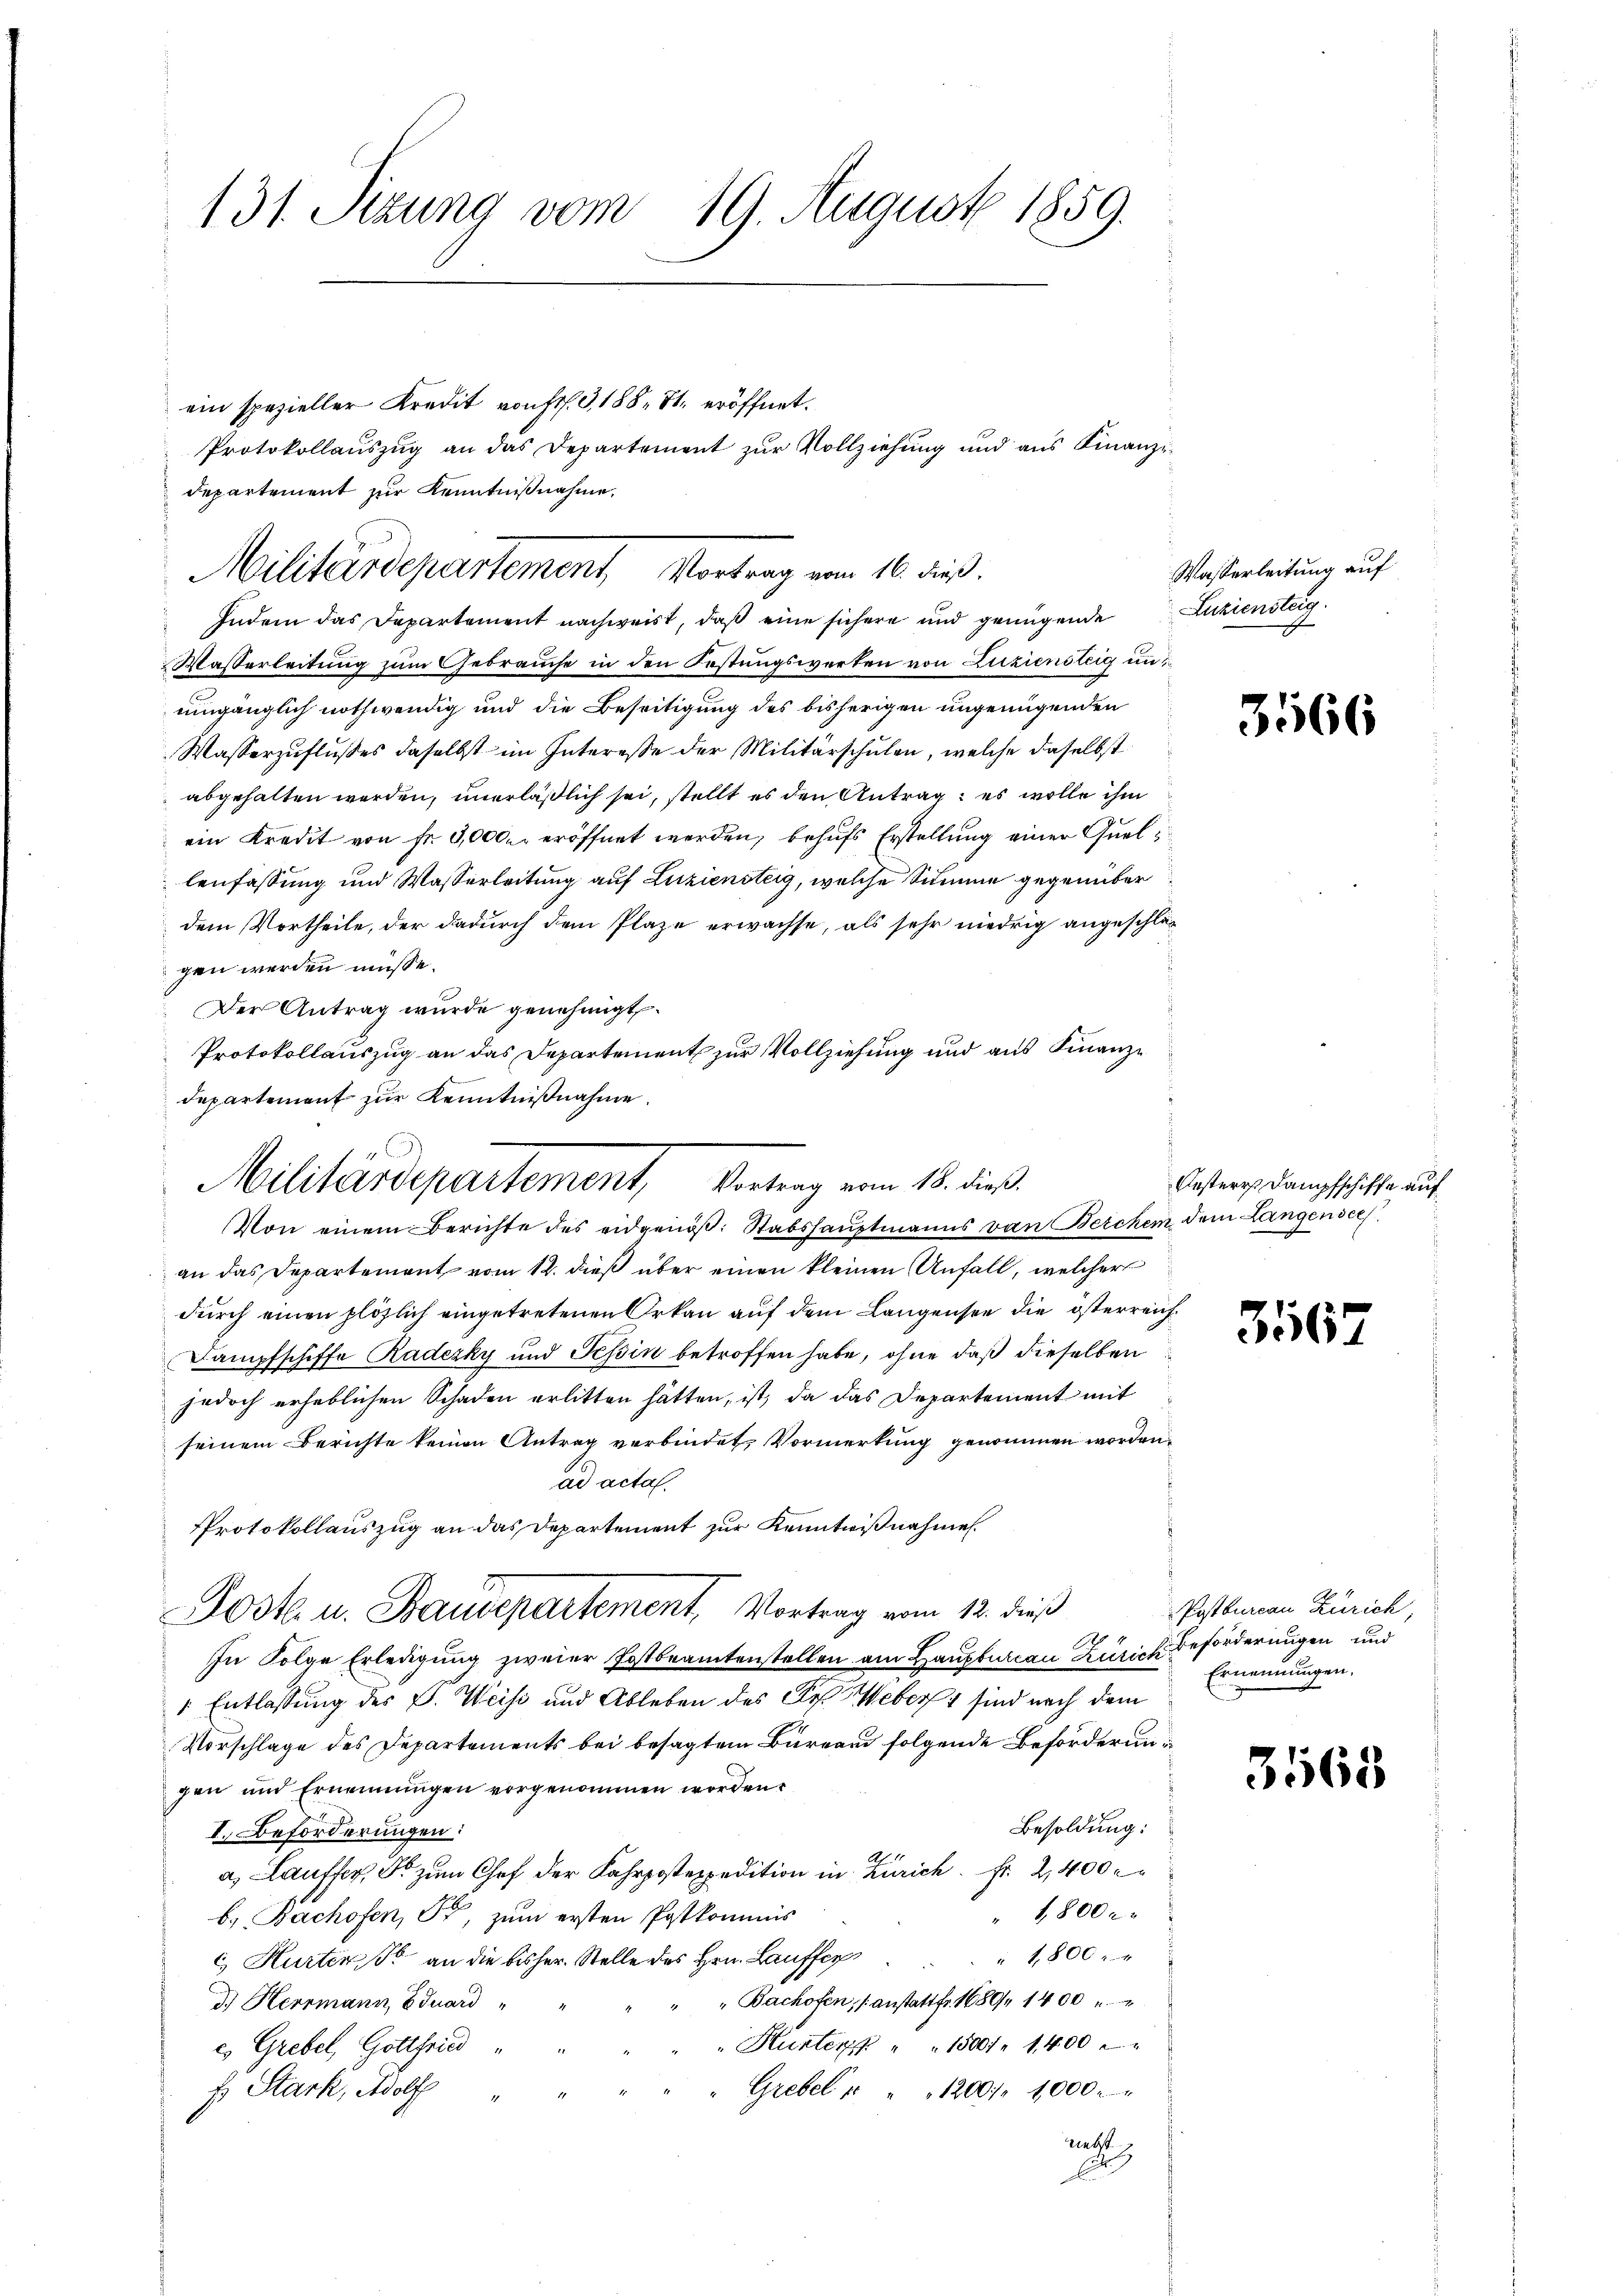
131. Sizung vom 19. August 1859.

Indem das Departement nachweist, daß eine sichere und genügende
Wasserleitung zum Gebrauche in den Festungswerten von Zuziensteig un
umgänglich nothwendig und die Beseitigung des bisherigen ungenügenden
Wasserzuflusses daselbst im Interesse der Militärschulen, welche daselbst
abgehalten worden, unerläßlich sei, stellt es den Antrag: es wolle ihm
ein Kredit von fr. 3,000. eröffnet werden, behufs Erstellung einer Quel
lenfassung und Wasserleitung auf Liziensteig, welche Summe gegenüber
dem Vortheile, der dadurch dem Plaze erwachse, als sehr niedrig angeschlägen werden müsse.
Der Antrag wurde genehmigt.
Protokollauszug an das Departement zur Vollziehung und aus Finanze
an das Departement vom 12. dieß über einen kleinen Unfall, welcher
durch einen plözlich eingetretenen Orkann auf dem Langensee die österreich¬
Dampfschiffe Radezky und Tessin betroffen habe, ohne daß dieselben
jedoch erheblichen Schaden erlitten hätten, ist, da das Departement mit
seinem Berichte keinen Antrag verbindet, Vormerkung genommen worden,
ad acta.
PProtokollauszug an das Departement zur Kenntnißnahme
Jost u. Baudepartement, Vortrag vom 12. dieß
In Folge Erledigung zweier Postbeamtenstellen am Haupturcau Zürich Beförderungen und
" Entlassung des C. Weise und Ableben des Fr. Weberst sind nach dem
Vorschlage des Departements bei besagtem Bureau folgende Beförderungen und Ernennungen vorgenommen worden.
Besoldung:
I. Beförderungen:
Ab
a. Lauffer, S. zum Chef der Fahrpostexpedition in Zürich. Fr. 2,400
" 1800 r
b. Bachofen, Fr, zum ersten Postkommnis
" 1800 x
c Hurten. So an die bisher. Stelle des Hrn. Lauffer
" Bachofen, anstatt fr. 1680/ 1400
d.) Herrmann Eduard "
"Hunter " " 1500 f 1400
e Grebel, Gottfried
E Stark, Adolf
Grebel " " 1200 f 1000.
Rathe
A

ein spezieller Kredit von St. G,188. 21. eröffnet.
Protokollaŭszŭg an das Departement zŭr Vollziehŭng und ans Finanz-
departement zur Kenntnißnahme,
Militärdepartement, Vortrag vom 16. dieß.

departement zur Kenntnißnahme.
Militärdepartement, Vertrag vom 18. dies
Von einem Berichte des eidgenöß: Stabshauptmanns von Berchen dem Langender

Wasserleitung auf
Luziensteig.
f

Oesterr Dampfschiffe auf

3566

3567

Postbureau Zürich,
Ernennungen.

3568